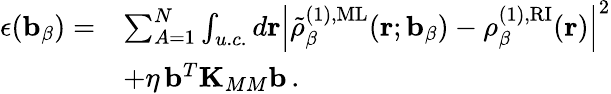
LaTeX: \begin{array}{rl}{\epsilon(\mathbf{b}_{\beta})=}&{\sum_{A=1}^{N}\int_{u.c.}d\mathbf{r}\left|\tilde{\rho}_{\beta}^{(1),\mathrm{ML}}(\mathbf{r};\mathbf{b}_{\beta})-\rho_{\beta}^{(1),\mathrm{RI}}(\mathbf{r})\right|^{2}}\\ &{+\eta\, \mathbf{b}^{T}\mathbf{K}_{MM}\mathbf{b}\, .}\end{array}